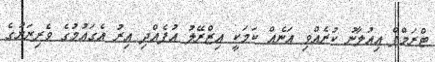
ޓްރަމްޕް އިއުލާނު ކުރެއްވި އަނެއް ކަމަކީ އިޒްރޭލު އުފެއްދި އިރު އެގައުމުގެ ވެރިރަށުގެ